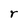
Character: r